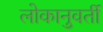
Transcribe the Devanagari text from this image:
लोकानुवर्ती